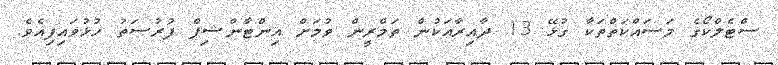
ސްޓެލްކޯގެ މަސައްކަތްތަކާ ގުޅޭ 13 ދާއިރާއަކުން ތަމްރީން ވުމަށް އިންޓާންޝިޕް ފުރުސަތު ހުޅުވައިފިއެވެ.